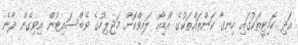
އަދި ކޮމިޓީތަކުގައި ހިނގާ ކަންތައްތަކުގެ އޯޑިއޯ ލައިވްކޮށް މަޖިލިހުގެ ވެބްސައިޓުން އިވިގެން ދާނެ